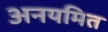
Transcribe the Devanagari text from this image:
अनयमित